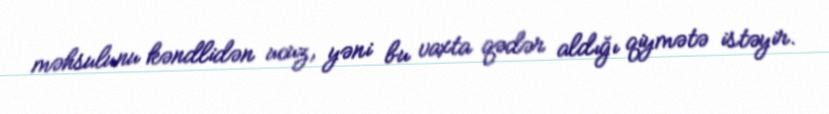
məhsulunu kəndlidən ucuz, yəni bu vaxta qədər aldığı qiymətə istəyir.